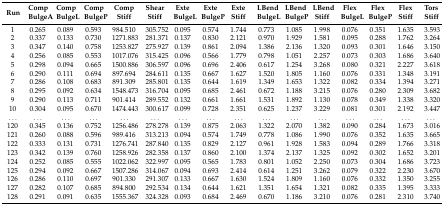
<table><thead><tr><td><b>Run</b></td><td><b>CompBulgeA</b></td><td><b>CompBulgeL</b></td><td><b>CompBulgeP</b></td><td><b>CompStiff</b></td><td><b>ShearStiff</b></td><td><b>ExteBulgeL</b></td><td><b>ExteBulgeP</b></td><td><b>ExteStiff</b></td><td><b>LBendBulgeL</b></td><td><b>LBendBulgeP</b></td><td><b>LBendStiff</b></td><td><b>FlexBulgeL</b></td><td><b>FlexBulgeP</b></td><td><b>FlexStiff</b></td><td><b>TorsStiff</b></td></tr></thead><tbody><tr><td>1</td><td>0.265</td><td>0.089</td><td>0.593</td><td>984.510</td><td>305.752</td><td>0.095</td><td>0.574</td><td>1.744</td><td>0.773</td><td>1.085</td><td>1.998</td><td>0.076</td><td>0.351</td><td>1.635</td><td>3.593</td></tr><tr><td>2</td><td>0.337</td><td>0.133</td><td>0.730</td><td>1271.883</td><td>281.371</td><td>0.137</td><td>0.830</td><td>2.121</td><td>0.970</td><td>1.929</td><td>1.581</td><td>0.095</td><td>0.288</td><td>1.762</td><td>3.264</td></tr><tr><td>3</td><td>0.347</td><td>0.140</td><td>0.758</td><td>1253.827</td><td>275.927</td><td>0.139</td><td>0.861</td><td>2.094</td><td>1.386</td><td>2.136</td><td>1.320</td><td>0.093</td><td>0.301</td><td>1.646</td><td>3.150</td></tr><tr><td>4</td><td>0.256</td><td>0.085</td><td>0.553</td><td>1017.076</td><td>315.425</td><td>0.096</td><td>0.566</td><td>1.779</td><td>0.798</td><td>1.051</td><td>2.257</td><td>0.073</td><td>0.303</td><td>1.686</td><td>3.640</td></tr><tr><td>5</td><td>0.298</td><td>0.094</td><td>0.665</td><td>1500.886</td><td>306.597</td><td>0.096</td><td>0.696</td><td>2.406</td><td>0.617</td><td>1.254</td><td>3.268</td><td>0.080</td><td>0.321</td><td>2.227</td><td>3.618</td></tr><tr><td>6</td><td>0.290</td><td>0.111</td><td>0.694</td><td>897.694</td><td>284.611</td><td>0.135</td><td>0.667</td><td>1.627</td><td>1.520</td><td>1.805</td><td>1.160</td><td>0.076</td><td>0.331</td><td>1.348</td><td>3.191</td></tr><tr><td>7</td><td>0.286</td><td>0.108</td><td>0.683</td><td>891.309</td><td>285.801</td><td>0.135</td><td>0.644</td><td>1.619</td><td>1.349</td><td>1.653</td><td>1.322</td><td>0.082</td><td>0.334</td><td>1.394</td><td>3.271</td></tr><tr><td>8</td><td>0.295</td><td>0.092</td><td>0.634</td><td>1548.473</td><td>316.704</td><td>0.095</td><td>0.685</td><td>2.461</td><td>0.672</td><td>1.188</td><td>3.215</td><td>0.076</td><td>0.280</td><td>2.309</td><td>3.682</td></tr><tr><td>9</td><td>0.290</td><td>0.113</td><td>0.711</td><td>901.414</td><td>289.552</td><td>0.132</td><td>0.661</td><td>1.661</td><td>1.531</td><td>1.892</td><td>1.130</td><td>0.078</td><td>0.349</td><td>1.338</td><td>3.320</td></tr><tr><td>10</td><td>0.304</td><td>0.095</td><td>0.670</td><td>1474.443</td><td>300.617</td><td>0.099</td><td>0.728</td><td>2.351</td><td>0.625</td><td>1.237</td><td>3.229</td><td>0.081</td><td>0.301</td><td>2.192</td><td>3.447</td></tr><tr><td>...</td><td>...</td><td>...</td><td>...</td><td>...</td><td>...</td><td>...</td><td>...</td><td>...</td><td>...</td><td>...</td><td>...</td><td>...</td><td>...</td><td>...</td><td>...</td></tr><tr><td>120</td><td>0.345</td><td>0.136</td><td>0.752</td><td>1256.486</td><td>278.278</td><td>0.139</td><td>0.875</td><td>2.063</td><td>1.322</td><td>2.070</td><td>1.382</td><td>0.090</td><td>0.284</td><td>1.673</td><td>3.016</td></tr><tr><td>121</td><td>0.260</td><td>0.088</td><td>0.596</td><td>989.416</td><td>313.213</td><td>0.094</td><td>0.574</td><td>1.749</td><td>0.778</td><td>1.086</td><td>1.990</td><td>0.076</td><td>0.352</td><td>1.635</td><td>3.665</td></tr><tr><td>122</td><td>0.333</td><td>0.131</td><td>0.731</td><td>1276.741</td><td>287.840</td><td>0.135</td><td>0.829</td><td>2.127</td><td>0.961</td><td>1.928</td><td>1.583</td><td>0.094</td><td>0.289</td><td>1.766</td><td>3.318</td></tr><tr><td>123</td><td>0.342</td><td>0.139</td><td>0.760</td><td>1258.926</td><td>282.358</td><td>0.137</td><td>0.860</td><td>2.100</td><td>1.374</td><td>2.137</td><td>1.325</td><td>0.092</td><td>0.302</td><td>1.652</td><td>3.201</td></tr><tr><td>124</td><td>0.252</td><td>0.085</td><td>0.555</td><td>1022.062</td><td>322.997</td><td>0.095</td><td>0.565</td><td>1.783</td><td>0.801</td><td>1.052</td><td>2.250</td><td>0.073</td><td>0.304</td><td>1.686</td><td>3.723</td></tr><tr><td>125</td><td>0.294</td><td>0.092</td><td>0.667</td><td>1507.286</td><td>314.067</td><td>0.094</td><td>0.693</td><td>2.414</td><td>0.614</td><td>1.251</td><td>3.262</td><td>0.079</td><td>0.322</td><td>2.230</td><td>3.670</td></tr><tr><td>126</td><td>0.286</td><td>0.110</td><td>0.697</td><td>901.330</td><td>291.307</td><td>0.133</td><td>0.667</td><td>1.630</td><td>1.524</td><td>1.809</td><td>1.160</td><td>0.076</td><td>0.332</td><td>1.350</td><td>3.255</td></tr><tr><td>127</td><td>0.282</td><td>0.107</td><td>0.685</td><td>894.800</td><td>292.534</td><td>0.134</td><td>0.644</td><td>1.621</td><td>1.351</td><td>1.654</td><td>1.321</td><td>0.082</td><td>0.335</td><td>1.395</td><td>3.333</td></tr><tr><td>128</td><td>0.291</td><td>0.091</td><td>0.635</td><td>1555.367</td><td>324.328</td><td>0.093</td><td>0.684</td><td>2.469</td><td>0.670</td><td>1.186</td><td>3.210</td><td>0.076</td><td>0.281</td><td>2.310</td><td>3.740</td></tr></tbody></table>